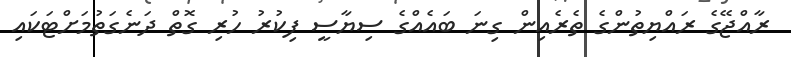
ރާއްޖޭގެ ރައްޔިތުންގެ ތެރެއިން ގިނަ ބައެއްގެ ސިޔާސީ ފިކުރު ހުރި ގޮތް ދަނެގަތުމަށްޓަކައި